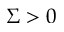
\Sigma > 0